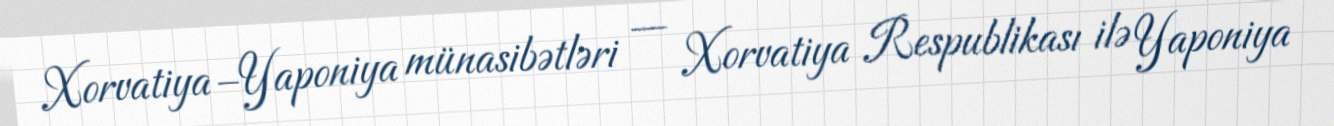
Xorvatiya–Yaponiya münasibətləri — Xorvatiya Respublikası ilə Yaponiya